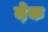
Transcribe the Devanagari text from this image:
मे़क